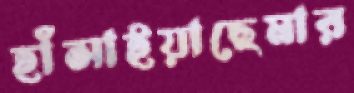
হাঁসাইয়াছেমার